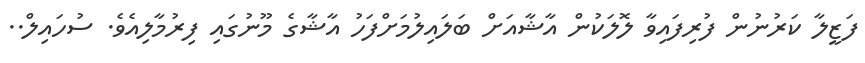
ފަޒީލާ ކަރުނުން ފުރިފައިވާ ލޮލަކުން އާޝާއަށް ބަލައިލުމަށްފަހު އާޝާގެ މޫނުގައި ފިރުމާލިއެވެ. ސުހައިލް..